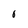
Character: 0